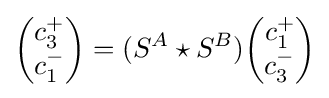
{\begin{pmatrix}c_{3}^{+}\\c_{1}^{-}\end{pmatrix}}=(S^{A}\star S^{B}){\begin{pmatrix}c_{1}^{+}\\c_{3}^{-}\end{pmatrix}}